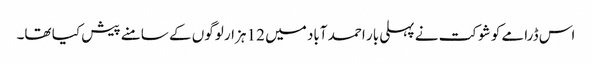
اس ڈرامے کو شوکت نے پہلی بار احمد آباد میں 12 ہزار لوگوں کے سامنے پیش کیا تھا۔